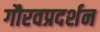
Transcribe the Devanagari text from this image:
गौरवप्रदर्शन